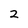
Character: 2